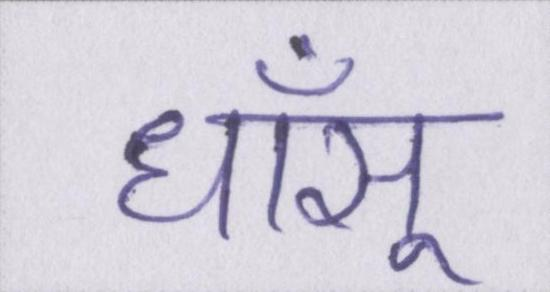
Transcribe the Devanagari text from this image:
धाँसू